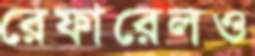
রেফারেলও